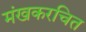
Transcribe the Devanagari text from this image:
मंखकरचित